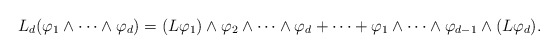
\begin{align*}L_d(\varphi_1\wedge\cdots\wedge\varphi_d)=(L\varphi_1)\wedge\varphi_2\wedge\cdots\wedge\varphi_d+\cdots+\varphi_1\wedge\cdots\wedge\varphi_{d-1}\wedge(L\varphi_d).\end{align*}